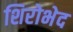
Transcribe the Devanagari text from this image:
शिरोभेद